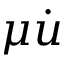
\mu \dot { u }